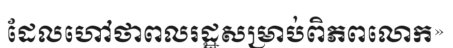
ដែលហៅថាពលរដ្ឋសម្រាប់ពិភពលោក»